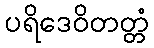
ပရိဒေဝိတတ္တံ